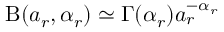
\mathrm { B } ( a _ { r } , \alpha _ { r } ) \simeq \Gamma ( \alpha _ { r } ) a _ { r } ^ { - \alpha _ { r } }